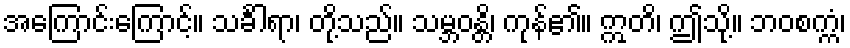
အကြောင်းကြောင့်။ သင်္ခါရာ၊ တို့သည်။ သမ္ဘဝန္တိ၊ ကုန်၏။ ဣတိ၊ ဤသို့။ ဘဝစက္ကံ၊